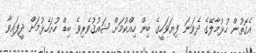
އެގޮތުން ހުޅުމާލޭގެ ދެވަނަ ފިޔަވަހީގެ ބިން ހިއްކުމަށް ޝައުޤުވެރިވެ ބިޑް ހުށަހެޅުމަށް ދީފައިވާ